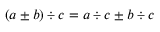
( a \pm b ) \div c = a \div c \pm b \div c